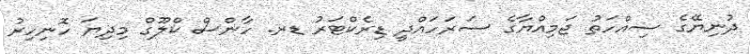
ދުނިޔޭގެ ސިއްހަތު ޖަމިއްޔާގެ ސަރަހައްދީ ޑިރެކްޓަރު ޑރ. ހާންސް ކްލޫގް މިދިޔަ ހޮނިހިރު